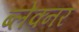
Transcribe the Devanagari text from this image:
ब्लेक्नर